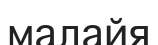
малайя